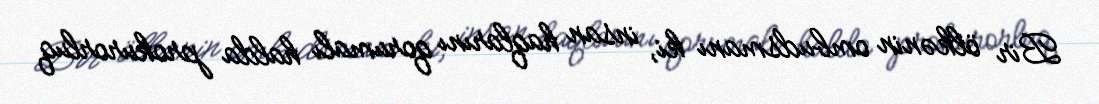
Bir ölkənin ombudsmanı ki, insan haqlarını qorumalı halda prokurorluq